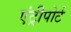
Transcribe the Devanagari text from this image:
एंट्रीपोर्ट